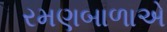
રમણબાળાએ